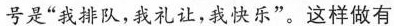
号是”我排队，我礼让，我快乐”。这样做有